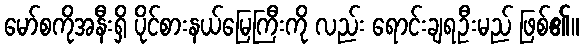
မော်စကိုအနီးရှိ ပိုင်စားနယ်မြေကြီးကို လည်း ရောင်းချရဦးမည် ဖြစ်၏။